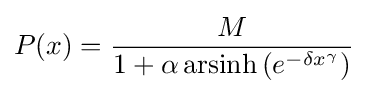
P(x)={\frac {M}{1+\alpha \operatorname {arsinh} \left(e^{-\delta x^{\gamma }}\right)}}